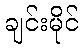
ချင်းမိုင်